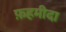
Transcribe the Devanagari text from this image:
फ़हमीदा